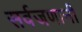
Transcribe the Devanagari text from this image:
सर्वजणानी